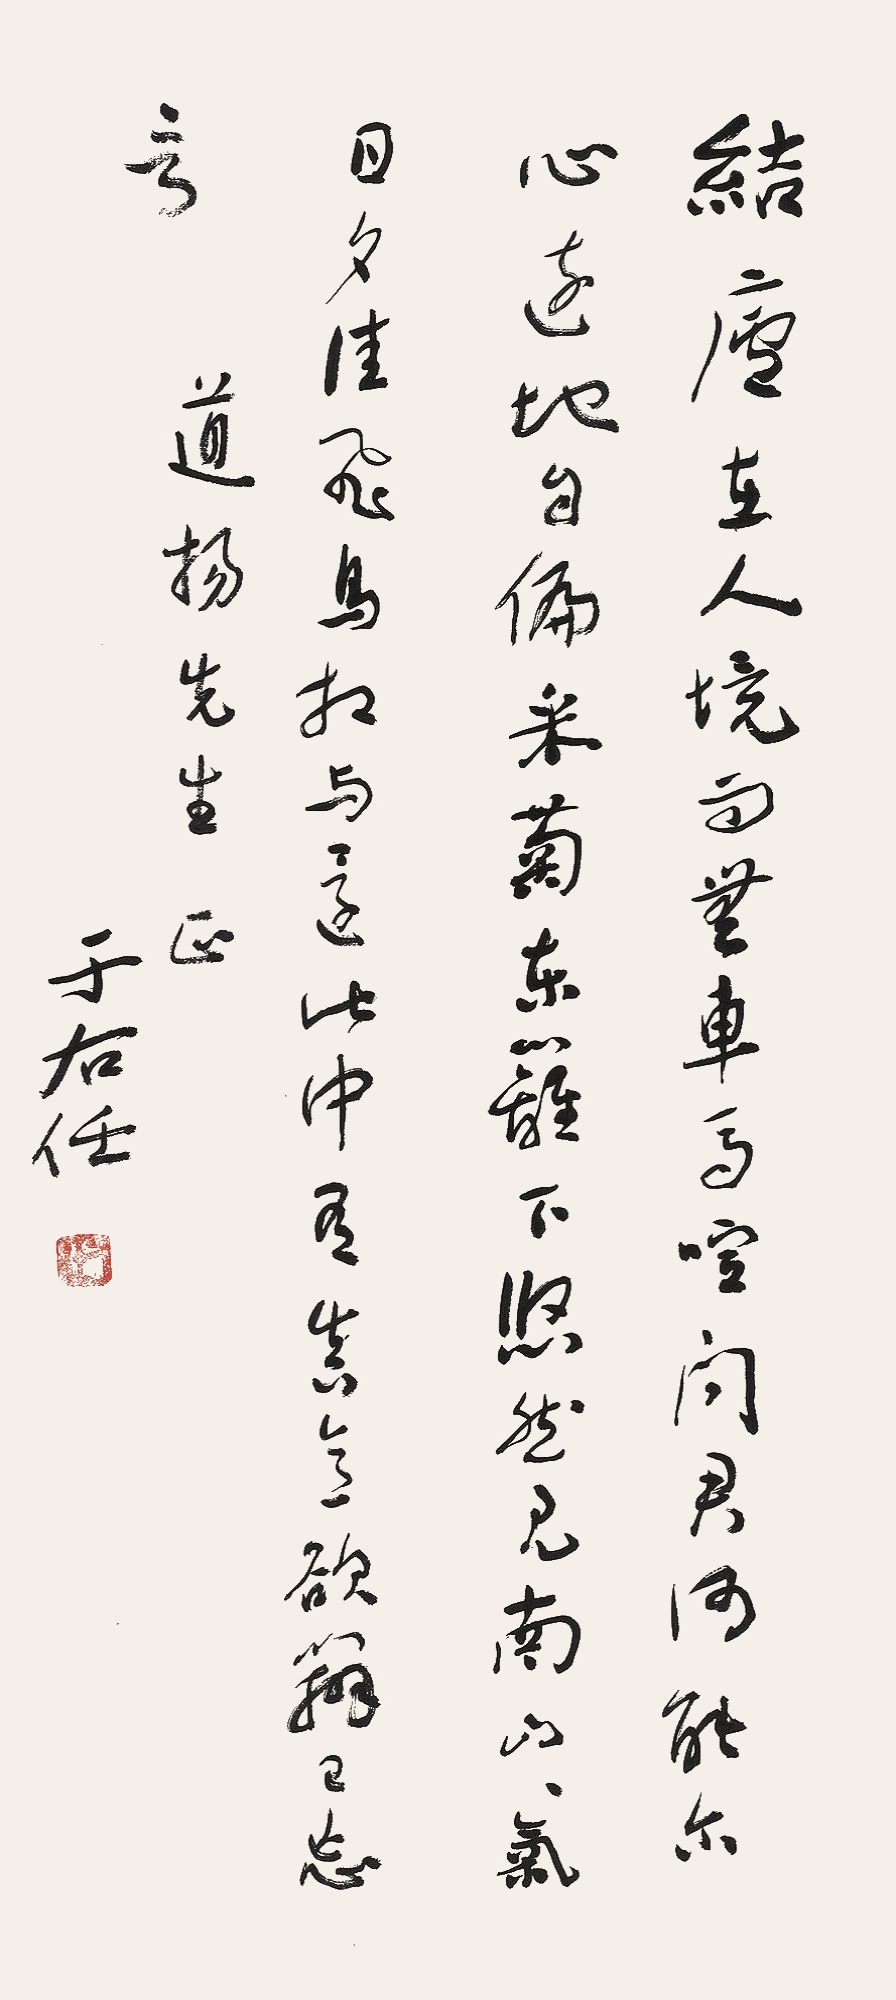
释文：结庐在人境，而无车马喧。问君何能尔？心远地自偏。采菊东篱下，悠然见南山。山气日夕佳，飞鸟相与还。此中有真意，欲辨已忘言。道扬先生正，于右任。